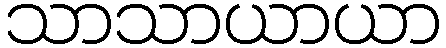
သာသာယာယာ